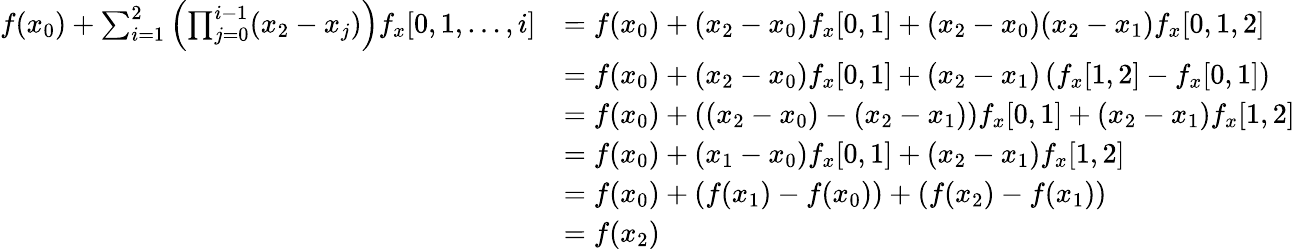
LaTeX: \begin{array}{rl}{f(x_{0})+\sum_{i=1}^{2}\left(\prod_{j=0}^{i-1}(x_{2}-x_{j})\right)f_{x}[0,1,\dots,i]}&{=f(x_{0})+(x_{2}-x_{0})f_{x}[0,1]+(x_{2}-x_{0})(x_{2}-x_{1})f_{x}[0,1,2]}\\ &{=f(x_{0})+(x_{2}-x_{0})f_{x}[0,1]+(x_{2}-x_{1})\left(f_{x}[1,2]-f_{x}[0,1]\right)}\\ &{=f(x_{0})+\left((x_{2}-x_{0})-(x_{2}-x_{1})\right)f_{x}[0,1]+(x_{2}-x_{1})f_{x}[1,2]}\\ &{=f(x_{0})+(x_{1}-x_{0})f_{x}[0,1]+(x_{2}-x_{1})f_{x}[1,2]}\\ &{=f(x_{0})+\left(f(x_{1})-f(x_{0})\right)+\left(f(x_{2})-f(x_{1})\right)}\\ &{=f(x_{2})}\end{array}